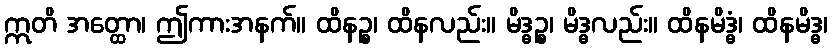
ဣတိ အတ္ထော၊ ဤကားအနက်။ ထိနဉ္စ၊ ထိနလည်း။ မိဒ္ဓဉ္စ၊ မိဒ္ဓလည်း။ ထိနမိဒ္ဓံ၊ ထိနမိဒ္ဓ၊